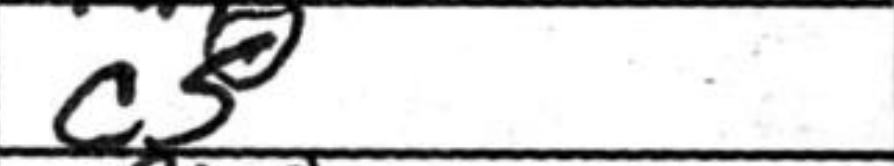
Transcription: c5